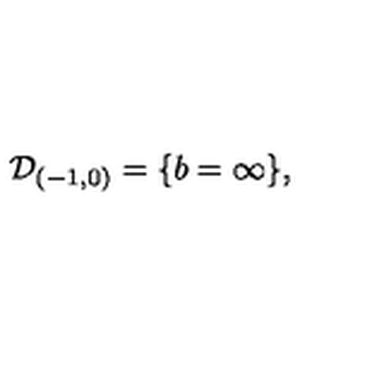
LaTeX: { \cal D } _ { ( - 1 , 0 ) } = \{ b = \infty \} ,